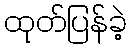
ထုတ်ပြန်ခဲ့